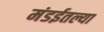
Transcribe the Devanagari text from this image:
मंडईतल्या